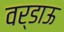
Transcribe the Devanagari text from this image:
वर्डाऊ